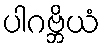
ပါဂဗ္ဘိယံ